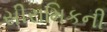
સીરામિકની